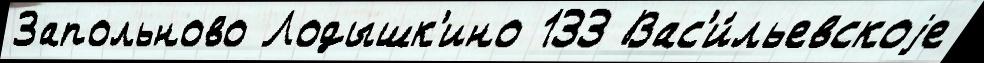
Запольново Лодышк'ино 133 Вас'и́льевскоjе